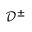
\mathcal { D } ^ { \pm }